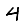
Digit: 4